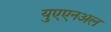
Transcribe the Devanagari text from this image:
युएएनअल